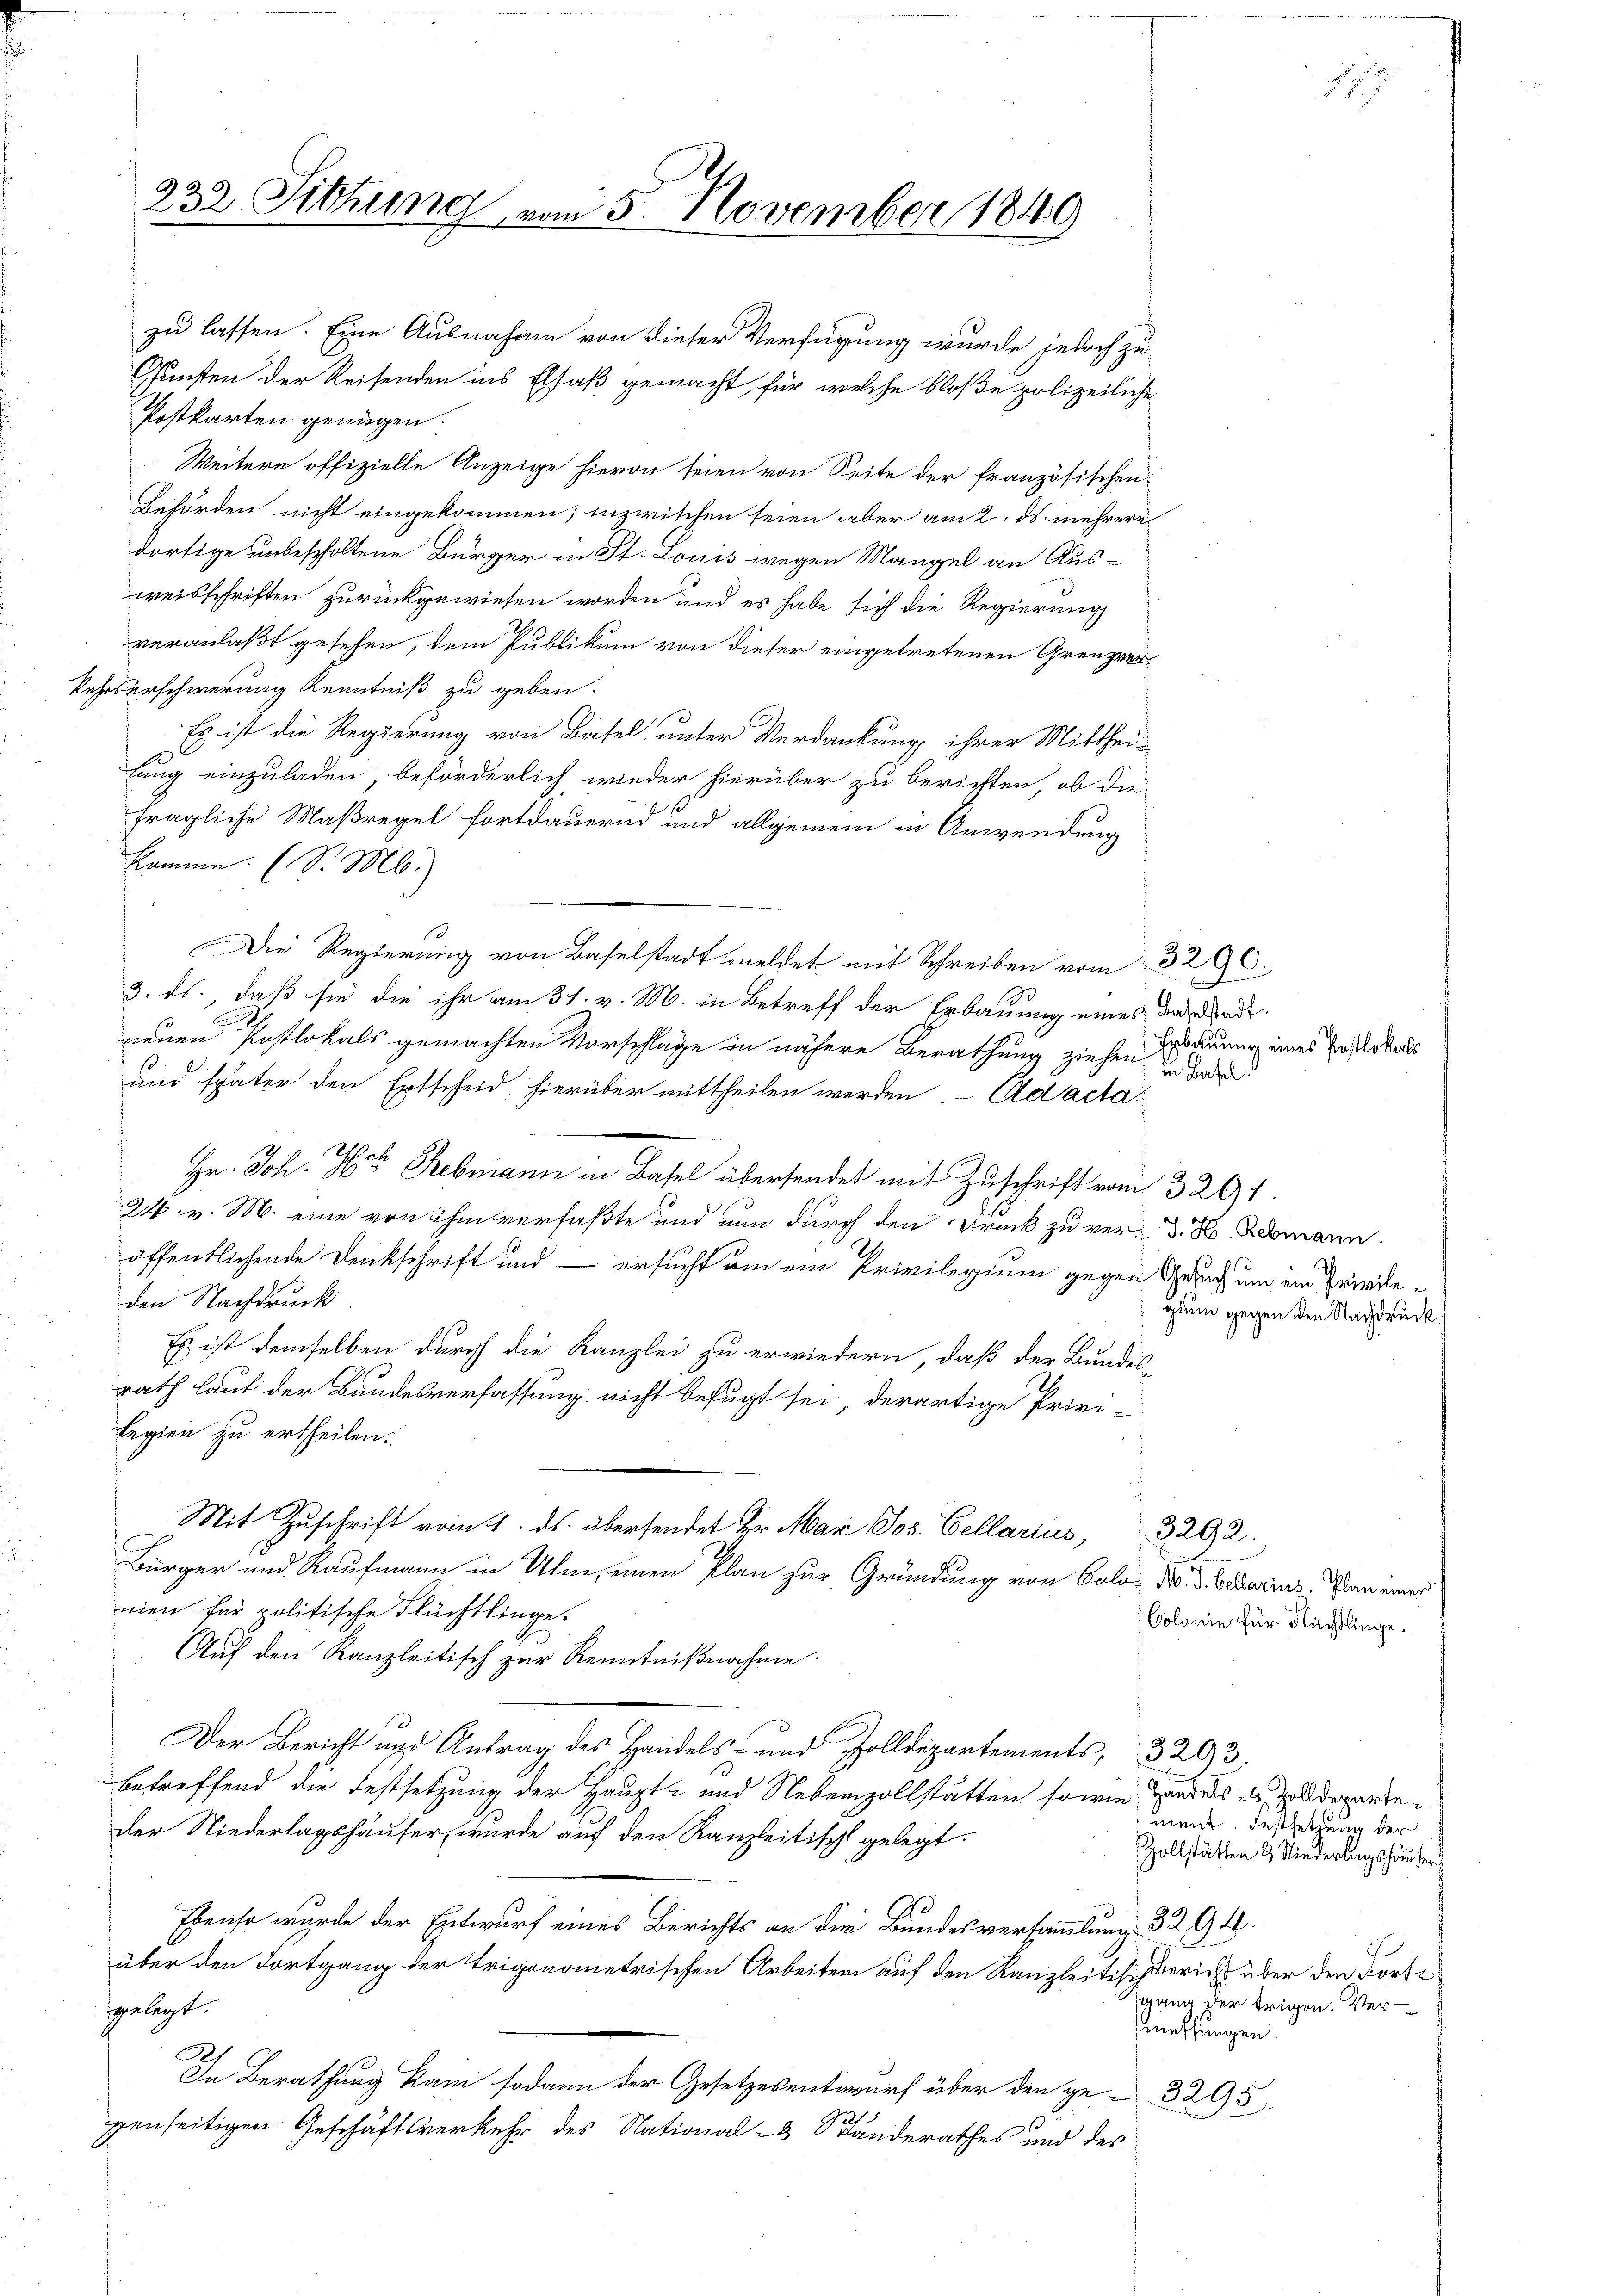
zu lassen. Eine Ausnahme von dieser Verfügung wurde jedoch zu
Gunsten der Reisenden ins Elsaß gemacht, für welche bloße polizeiliche
Postkarten genügen
Weitern offizielle Anzeige hievon seien von Seite der französischen
Behörden nicht eingekommen; inzwischen seien aber am 2. ds. mehrere
dortige unbescholtene Bürger in St. Louis wegen Mangel an Ausweisschriften zurückgewiesen worden und es habe sich die Regierung
veranlaßt gesehen, dem Publikum von dieser eingetretenen Grenzver¬
Kehrserschwerung Kenntniß zu geben.
Es ist die Regierung von Basel unter Verdankung ihrer Mitthei-
lung einzuladen, beförderlich wieder hierüber zu berichten, ob die-
fragliche Maßregel fortdauernd und allgemein in Anwendung
komme. (S. M.
Die Regierung von Baselstadt meldet mit Schreiben vom 3296.
3. ds., daß sie die ihr am 31. v. M. in Betreff der Erbauung eines Band
neuen Postlokals gemachten Vorschläge in nähere Berathung ziehen und d
und später den Entscheid hierüber mittheilen werden. Ad acta
Hr. Joh. Hr. Rebmann in Basel übersendet mit Zuschrift vom 3291.
24. v. M. eine von ihm verfaßte und nun durch den Druck zu ver- J. H. Ademann.
öffentlichende Denkschrift und — ersucht um ein Privilegium gegen Geruch um ein Friededen Nachdruck
Es ist demselben durch die Kanzlei zu erwiedern, daß der Bundesrath laut der Bundesverfassung nicht befugt sei, derartige Privi-
legien zu ertheilen.
Mit Zuschrift vom 4. ds. übersendet Hr. Max Jos. Cellarius,
3292.
Bürger und Kaufmann in Ulm, einen Plan zur Gründung von Gold- Nr. 3. Bedarins. Plan einer
mien für politische Flüchtlinge.
Auf den Kanzleitisch zur Kenntnißnahme.
Der Bericht Antrag des Handen partement. 203.
betreffend die Festsetzung der Haupt- und Nebenzollstätten sowie Handers alldeparteder Niederlagshäuser, wurde auf den Kanzleitisch gelegt.
Ebenso wurde der Entwurf eines Berichts an die Bundesversammlung 3294.
über den Fortgang der trigonometrischen Arbeiten auf den Kanzleitisch Bericht über den Forte
gelegt.
meffungen.
Ah
In Berathung kam sodann der Gesetzesentwurf über den ge- 3295
genseitigen Geschäftsverkehr des National- & Standerathes und des

232 Sitzung vom 5. November 1849

Erbauung eines Postlokals

gium gegen den Nachdruck.

Colonie für Nachtlinge.

5

ment. Festsetzung der
Zollstätten & Niederlagshäuser
2
gang der trigen. Ver¬